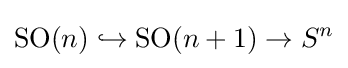
\mathrm {SO} (n)\hookrightarrow \mathrm {SO} (n+1)\to S^{n}